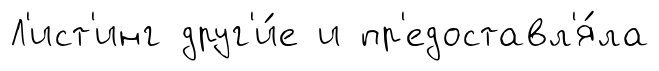
Л'ист'инг друг'и́е и пр'едоставл'я́ла